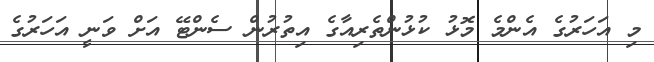
މި އަހަރުގެ އެންމެ މޮޅު ކުޅުންތެރިއާގެ އިތުރުން ސެންޓޭ އަށް ވަނީ އަހަރުގެ